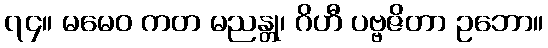
၇၄။ မမေဝ ကတ မညန္တု၊ ဂိဟီ ပဗ္ဗဇိတာ ဥဘော။